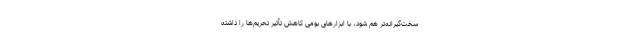
سخت‌گیرانه‌تر هم شود، با ابزارهای بومی کاهش تأثیر تحریم‌ها را داشته